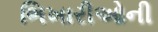
ભિખારીઓની